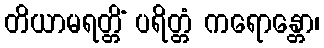
တိယာမရတ္တိံ ပရိတ္တံ ကရောန္တော၊